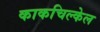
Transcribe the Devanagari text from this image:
काकचिल्केल